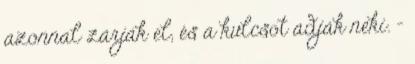
azonnal zárják el, és a kulcsot adják neki. -